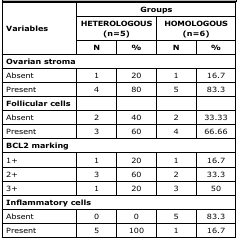
<table><thead><tr><td rowspan="3"><b>Variables</b></td><td colspan="5"><b>Groups</b></td></tr><tr><td colspan="2"><b>HETEROLOGOUS (n=5)</b></td><td colspan="2"><b>HOMOLOGOUS (n=6)</b></td></tr><tr><td><b>N</b></td><td><b>%</b></td><td><b>N</b></td><td><b>%</b></td></tr></thead><tbody><tr><td colspan="5"><b>Ovarian stroma</b></td></tr><tr><td>Absent</td><td>1</td><td>20</td><td>1</td><td>16.7</td></tr><tr><td>Present</td><td>4</td><td>80</td><td>5</td><td>83.3</td></tr><tr><td colspan="5"><b>Follicular cells</b></td></tr><tr><td>Absent</td><td>2</td><td>40</td><td>2</td><td>33.33</td></tr><tr><td>Present</td><td>3</td><td>60</td><td>4</td><td>66.66</td></tr><tr><td colspan="5"><b>BCL2 marking</b></td></tr><tr><td>1+</td><td>1</td><td>20</td><td>1</td><td>16.7</td></tr><tr><td>2+</td><td>3</td><td>60</td><td>2</td><td>33.3</td></tr><tr><td>3+</td><td>1</td><td>20</td><td>3</td><td>50</td></tr><tr><td colspan="5"><b>Inflammatory cells</b></td></tr><tr><td>Absent</td><td>0</td><td>0</td><td>5</td><td>83.3</td></tr><tr><td>Present</td><td>5</td><td>100</td><td>1</td><td>16.7</td></tr></tbody></table>